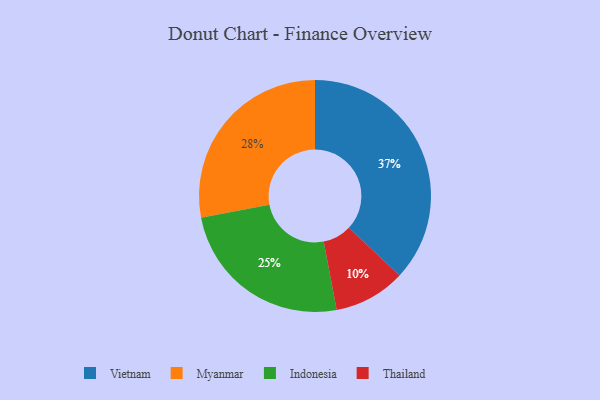
{"axis": {"x": "Category", "y": "Percentage"}, "legend": ["Indonesia", "Myanmar", "Thailand", "Vietnam"], "data": [{"x": "Myanmar", "y": 28, "type": "Myanmar"}, {"x": "Indonesia", "y": 25, "type": "Indonesia"}, {"x": "Vietnam", "y": 37, "type": "Vietnam"}, {"x": "Thailand", "y": 10, "type": "Thailand"}]}